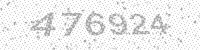
Solution: 476924